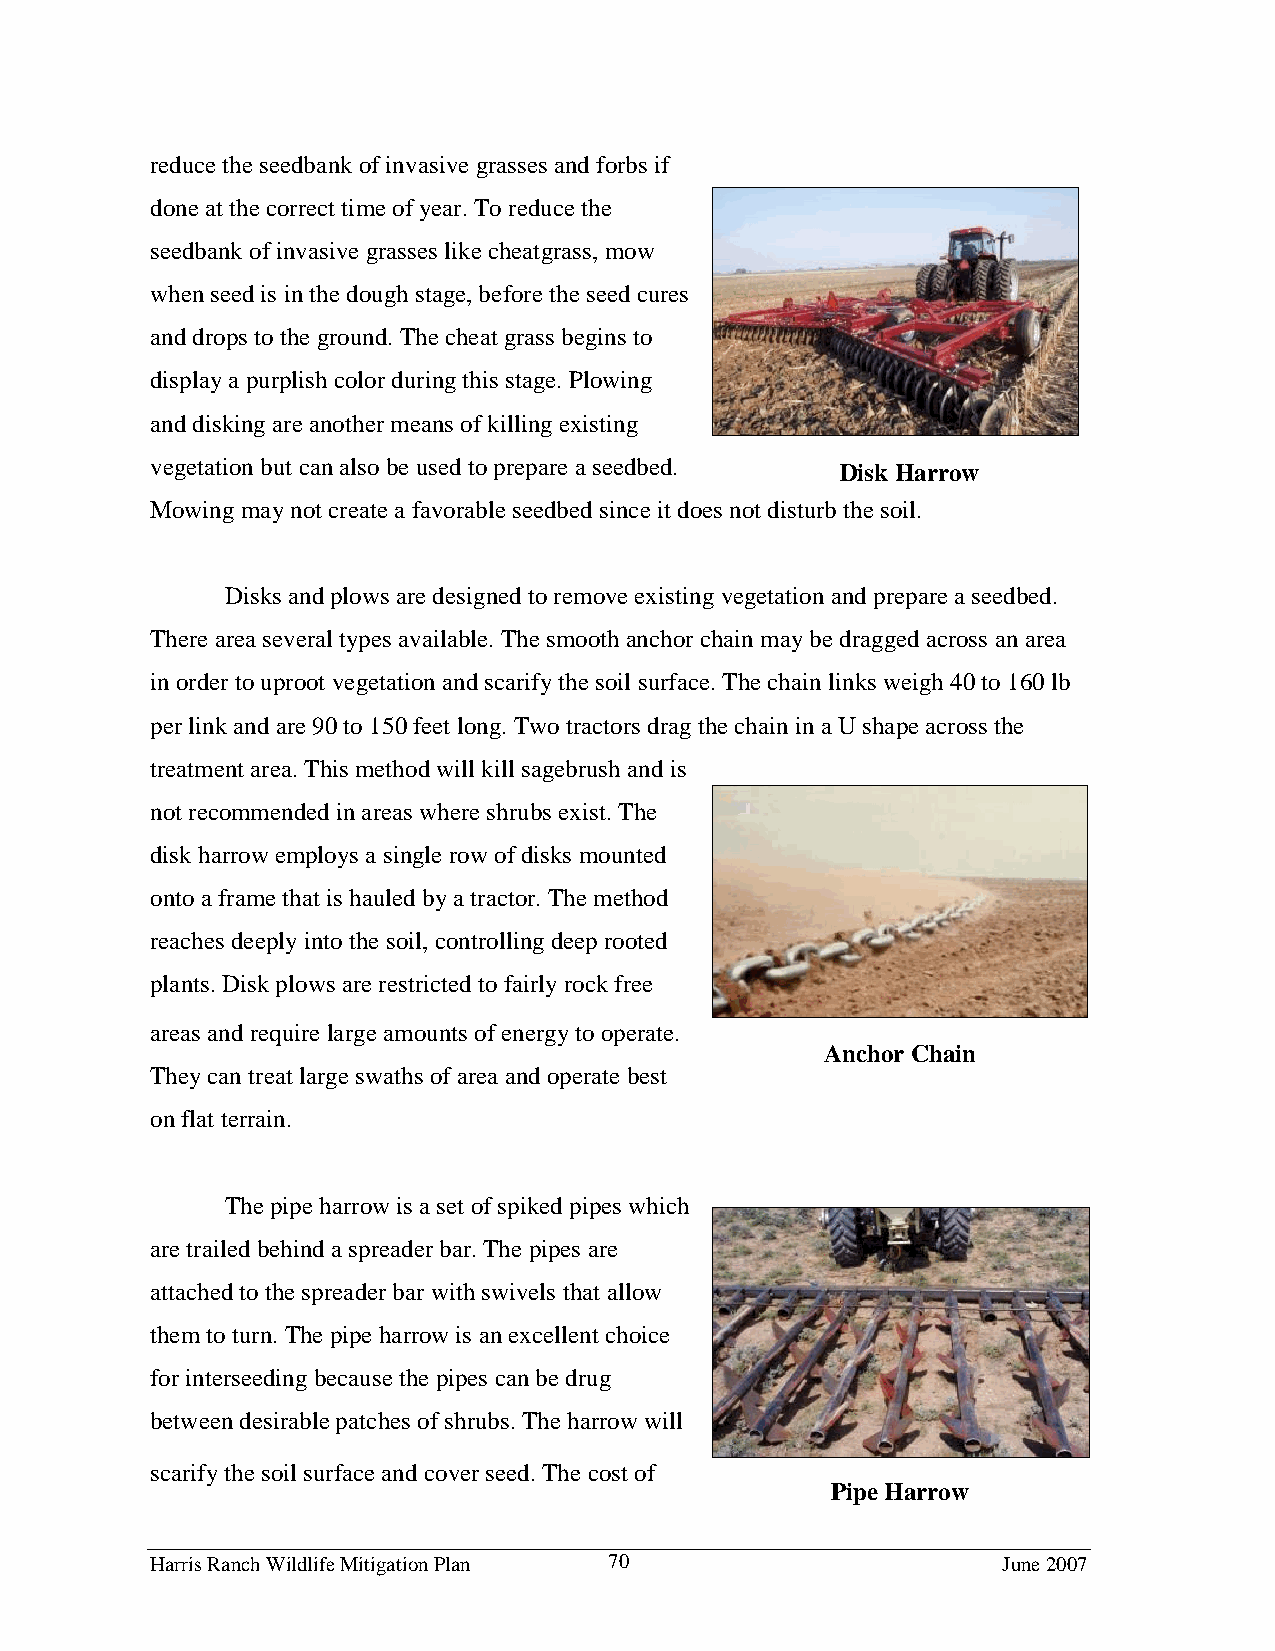
reduce the seedbank of invasive grasses and forbs if
 done at the correct time of year. To reduce the
 seedbank of invasive grasses like cheatgrass, mow
 when seed is in the dough stage, before the seed cures
 and drops to the ground. The cheat grass begins to
 display a purplish color during this stage. Plowing
 and disking are another means of killing existing
 vegetation but can also be used to prepare a seedbed.
 Disk Harrow
 Mowing may not create a favorable seedbed since it does not disturb the soil.
 Disks and plows are designed to remove existing vegetation and prepare a seedbed.
 There area several types available. The smooth anchor chain may be dragged across an area
 in order to uproot vegetation and scarify the soil surface. The chain links weigh 40 to 160 lb
 per link and are 90 to 150 feet long. Two tractors drag the chain in a U shape across the
 treatment area. This method will kill sagebrush and is
 not recommended in areas where shrubs exist. The
 disk harrow employs a single row of disks mounted
 onto a frame that is hauled by a tractor. The method
 reaches deeply into the soil, controlling deep rooted
 plants. Disk plows are restricted to fairly rock free
 areas and require large amounts of energy to operate.
 Anchor Chain
 They can treat large swaths of area and operate best
 on flat terrain.
 The pipe harrow is a set of spiked pipes which
 are trailed behind a spreader bar. The pipes are
 attached to the spreader bar with swivels that allow
 them to turn. The pipe harrow is an excellent choice
 for interseeding because the pipes can be drug
 between desirable patches of shrubs. The harrow will
 scarify the soil surface and cover seed. The cost of
 Pipe Harrow
 Harris Ranch Wildlife Mitigation Plan 70                June 2007